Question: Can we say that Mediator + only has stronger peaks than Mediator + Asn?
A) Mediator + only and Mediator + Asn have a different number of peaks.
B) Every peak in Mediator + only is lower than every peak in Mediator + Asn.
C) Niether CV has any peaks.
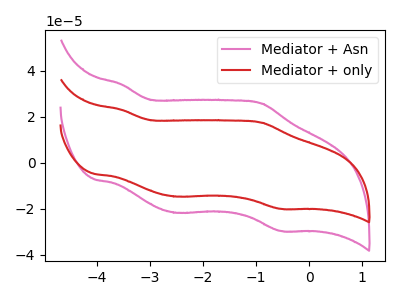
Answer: <think>The pink curve "Mediator + Asn" has anodic peaks at (-3.55V, 34.00uA) (-0.90V, 25.70uA) and cathodic peaks at (-2.50V, -21.80uA) (-0.50V, -29.70uA). The red curve "Mediator + only" has anodic peaks at (-3.55V, 23.00uA) (-0.90V, 17.35uA) and cathodic peaks at (-2.50V, -14.75uA) (-0.50V, -20.10uA).</think>
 <answer>B) Every peak in "Mediator + only" is lower than every peak in "Mediator + Asn".</answer>
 <eval>B</eval>